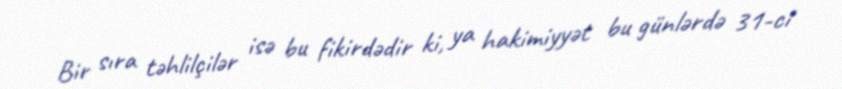
Bir sıra təhlilçilər isə bu fikirdədir ki, ya hakimiyyət bu günlərdə 31-ci